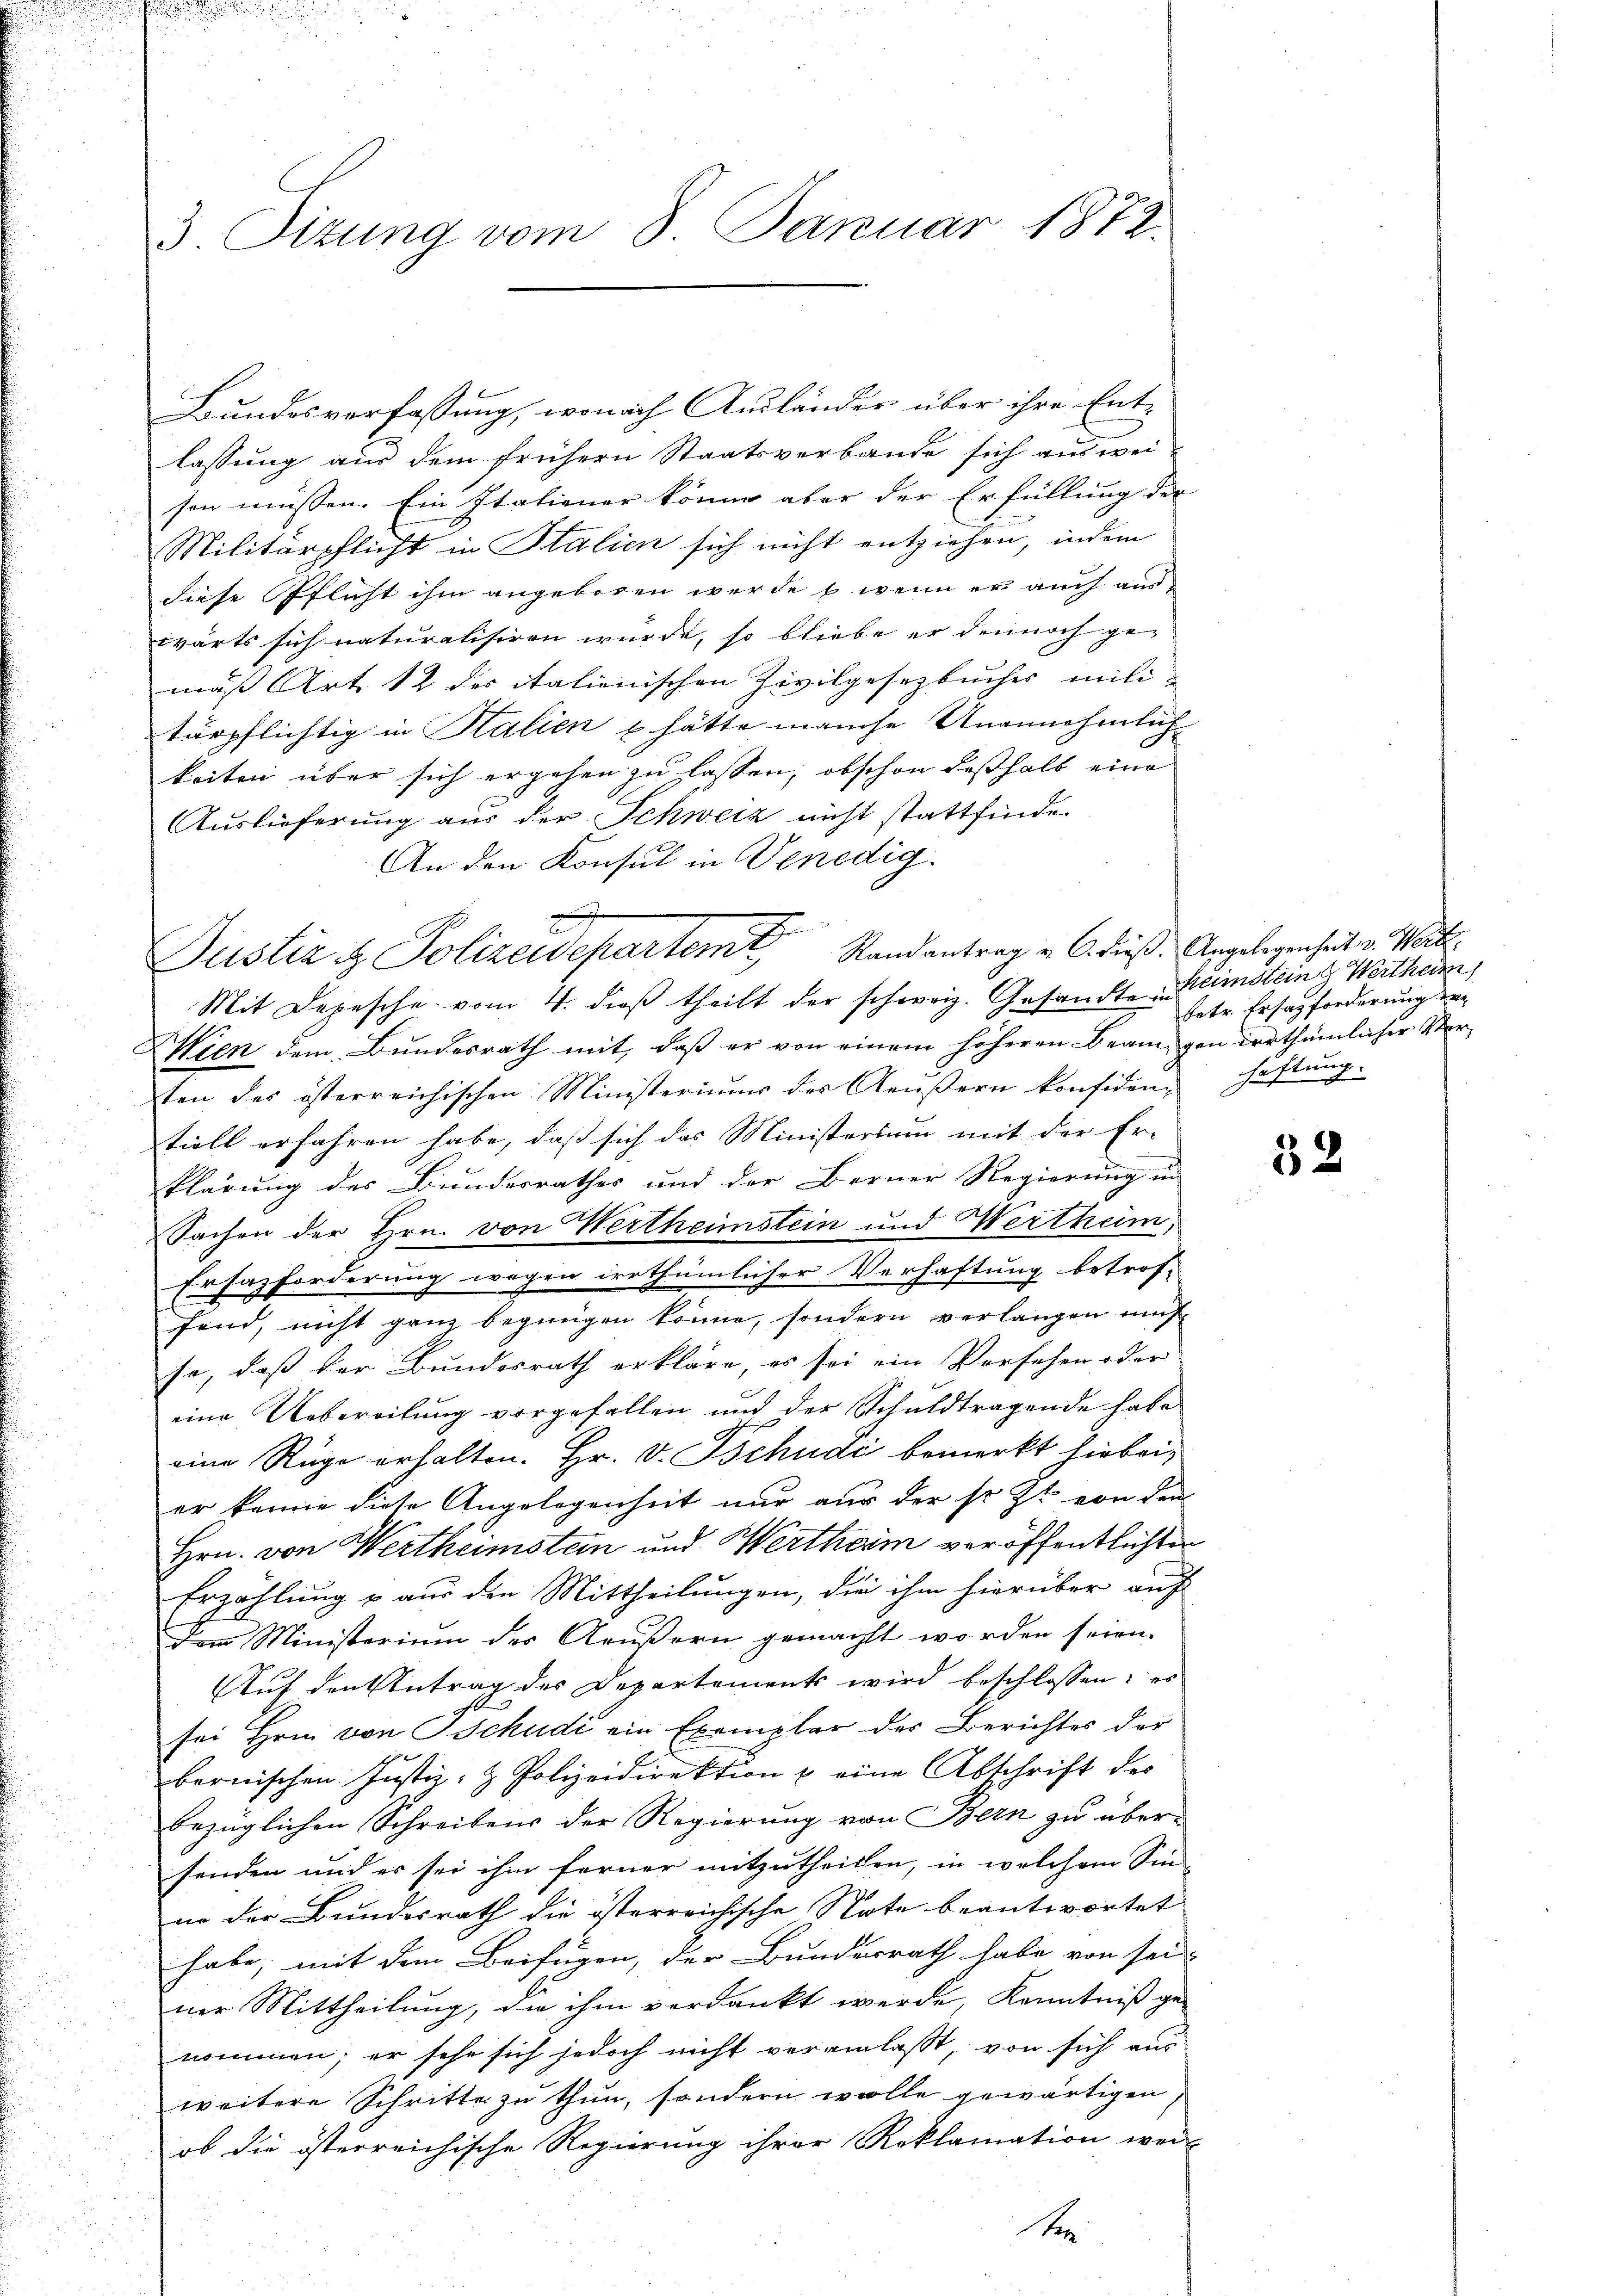
3 Sizung vom 8. Januar 1872.

Bundesverfassung, wonach Ausländer über ihre Ent-
lassung aus dem frühern Staatsverbande sich aus wei-
sen müssen. Ein Italiener könne aber der Erfüllung der
Militärpflicht in Stalien sich nicht entziehen, indem
diese Pflicht ihm angeboren werde, wenn er auch auswärts sich naturalisiren wurde, so bliebe er dennoch ge-
mäß Art 12 des itationischen Zivilgesetzbucher militärpflichtig in Salien u. hätte manche Unannehmlich
keiten über sich ergehen zu lassen, obschon deßhalb eine
Auslieferung aus der Schweiz nicht stattfinde.
An den Konsul in Venedig
Mit Depesche vom 4. dieβ theilt der schweiz. Gesandte Heimstein g Wertheim
Wien dem Bundesrath mit, daß er von einem höheren Beangen irrthümlicher Ver-
ten des österreichischen Ministeriums des Aeußern konsiden,
tiell erfahren habe, daß sich das Ministerium mit der Er-
klärung des Bundesrathes und der Berner Regierung in
Sachen der Hrn. von Wertheimstein und Wertheim,
Erfazforderung wegen irrthümlicher Verhaftung betrof-
fend, nicht ganz begnügen könne, sondern verlangen mus
se, daß der Bundesrath erkläre, es sei ein Vorsehen der
eine Uebereilung vorgefallen und der Schuldtragende habe
eine Rüge erhalten. Hr. v. Tschudi bemerkt hiebei,
er kanne diese Angelegenheit nur aus der sr. Zt. von dem
Hrn. von Wertheimstein und Wertheim veröffentlichte
Erzählung & aus den Mittheilungen, die ihm hierüber auf
dem Ministerium der Aeußern gemacht worden seien.
Auf den Antrag des Departements wird beschlossen: es
sei Hrn. von Tschudi ein Exemplar der Berichtes der
bernischen Justiz- & Polizeidirektion & eine Abschrift des
bezüglichen Schreibens der Regierung von Bern zu über-
senden und es sei ihm ferner mitzutheilen, in welchem Sin-
ne der Bundesrath die österreichische Note beantwortet
habe, mit dem Beifügen, der Bundesrath habe von sei
ner Mittheilung, die ihm verdankt werde, Kenntniß ge-
nommen; er sehr sich jedoch nicht veranlaßt, von sich aus
weitere Schritte zu thun, sondern wolle gewärtigen
ob die österreichische Regierung ihrer Reklamation wei-

Justiz & Polizeidepartem Randantrag u. 6. dieß. Angelegenheit v. Warte

Se

betr. Ersatzforderung der
haftung.

32